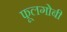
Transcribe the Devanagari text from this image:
फूलगोबी